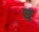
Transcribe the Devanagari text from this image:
व